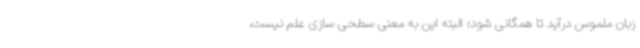
زبان ملموس درآید تا همگانی شود؛ البته این به معنی سطحی سازی علم نیست،